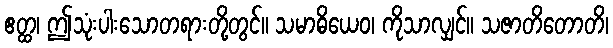
ဧတ္ထ၊ ဤသုံးပါးသောတရားတို့တွင်။ သမာဓိယေဝ၊ ကိုသာလျှင်။ သဇာတိတောတိ၊